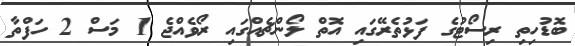
ބޮޑުހިތި ރިސޯޓުގެ ފަޅުތެރޭގައި އޮތް ލޯންޗެއްގައި ރޯވެއްޖެ 1 މަސް 2 ހަފްތާ